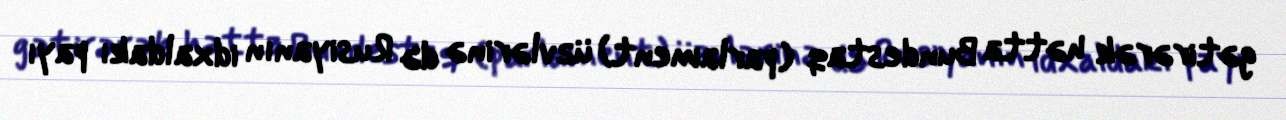
gətirərək hətta Bundestaq (parlament) üzvlərinə də Rusiyanın idxaldakı payı